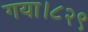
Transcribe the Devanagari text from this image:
गया।८२९